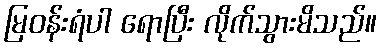
မြဝန်းရံပါ ရောပြီး လိုက်သွားမိသည်။